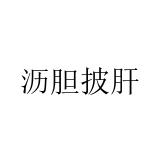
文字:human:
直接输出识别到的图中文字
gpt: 沥胆披肝